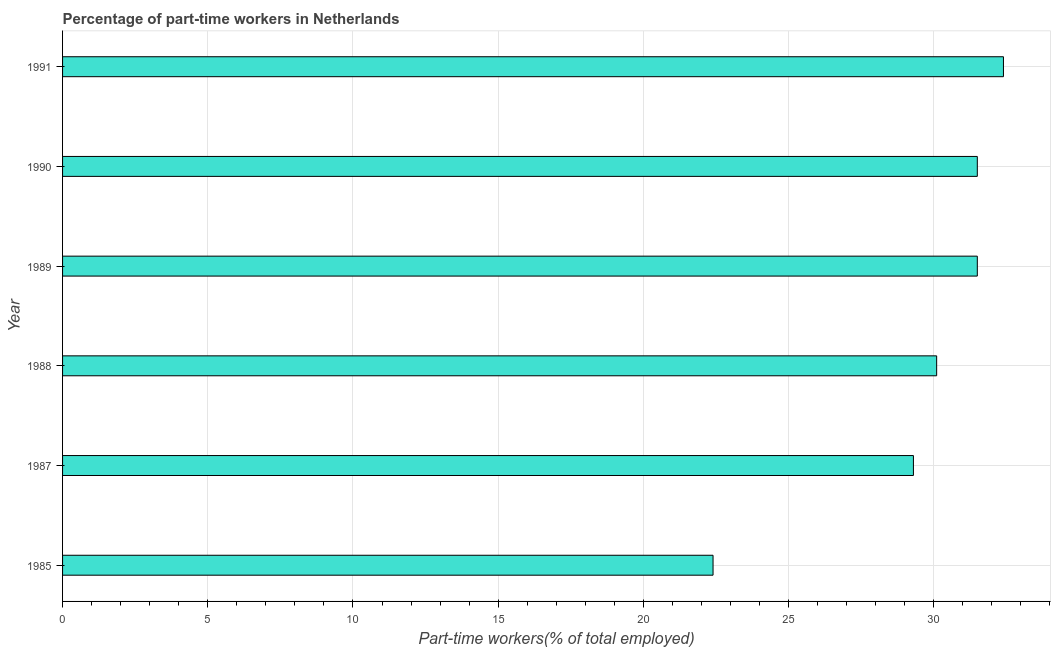
| Year | Part time employment |
 | --- | --- |
 | 1985 | 22.4 |
 | 1987 | 29.3 |
 | 1988 | 30.1 |
 | 1989 | 31.5 |
 | 1990 | 31.5 |
 | 1991 | 32.4 |